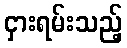
ငှားရမ်းသည့်